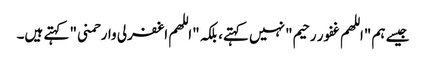
جیسے ہم "اللهم غفور رحیم" نہیں کہتے، بلکہ "اللهم اغفرلی وارحمنی" کہتے ہیں۔